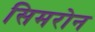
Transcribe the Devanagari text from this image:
सिमरोन